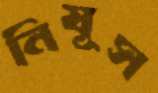
নিযূস